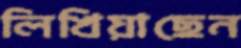
লিখিয়াছেন